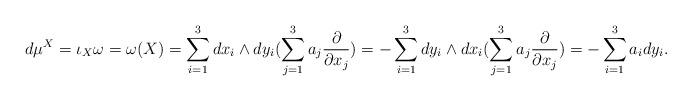
LaTeX: \begin{align*}d\mu^X =\iota_X\omega = \omega(X)=\sum_{i=1}^3 dx_i\wedge dy_i(\sum_{j=1}^3a_j\dfrac{\partial}{\partial x_j}) =-\sum_{i=1}^3 dy_i\wedge dx_i (\sum_{j=1}^3a_j\dfrac{\partial}{\partial x_j}) =-\sum_{i=1}^3 a_idy_i. \end{align*}